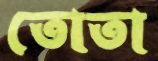
তোতা